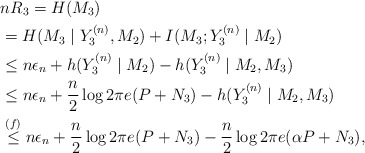
\begin{align*}&nR_3=H(M_3)\\&=H(M_3 \mid Y_3^{(n)},M_2)+I(M_3;Y_3^{(n)}\mid M_2) \\&\leq n\epsilon_n+h(Y_3^{(n)}\mid M_2)-h(Y_3^{(n)}\mid M_2,M_3) \\&\leq n\epsilon_n+\frac{n}{2}\log2\pi e(P+N_3)-h(Y_3^{(n)}\mid M_2,M_3) \\&\overset{(f)}{\leq}n\epsilon_n+\frac{n}{2}\log2\pi e(P+N_3)-\frac{n}{2}\log2\pi e(\alpha P+N_3),\end{align*}